Annual administration report of the Civil Veterinary Department of India - 1892-1893
Year: 1892
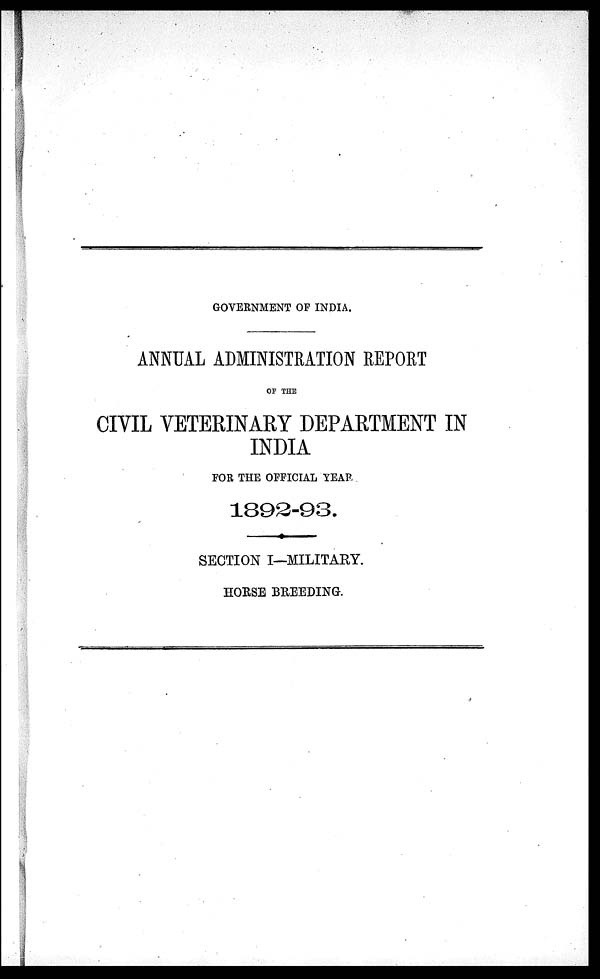
GOVERNMENT OF INDIA.
ANNUAL ADMINISTRATION REPORT
OF THE
CIVIL VETERINARY DEPARTMENT IN
INDIA
FOR THE OFFICIAL YEAR.
1892-93.
SECTION I—MILITARY.
HORSE BREEDING.